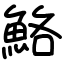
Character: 鮥